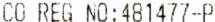
CO REG NO:481477-P